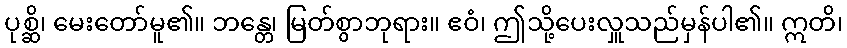
ပုစ္ဆိ၊ မေးတော်မူ၏။ ဘန္တေ၊ မြတ်စွာဘုရား။ ဧဝံ၊ ဤသို့ပေးလှူသည်မှန်ပါ၏။ ဣတိ၊